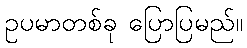
ဥပမာတစ်ခု ပြောပြမည်။